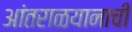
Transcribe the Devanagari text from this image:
आंतराळयानाची